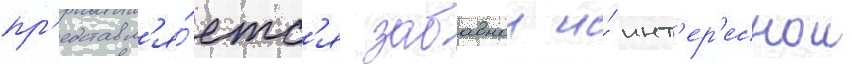
пр'едставл'я́етс'я забавнои и́ инт'ер'еснои